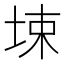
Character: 𰉮